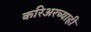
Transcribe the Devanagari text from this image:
करिअरच्याही